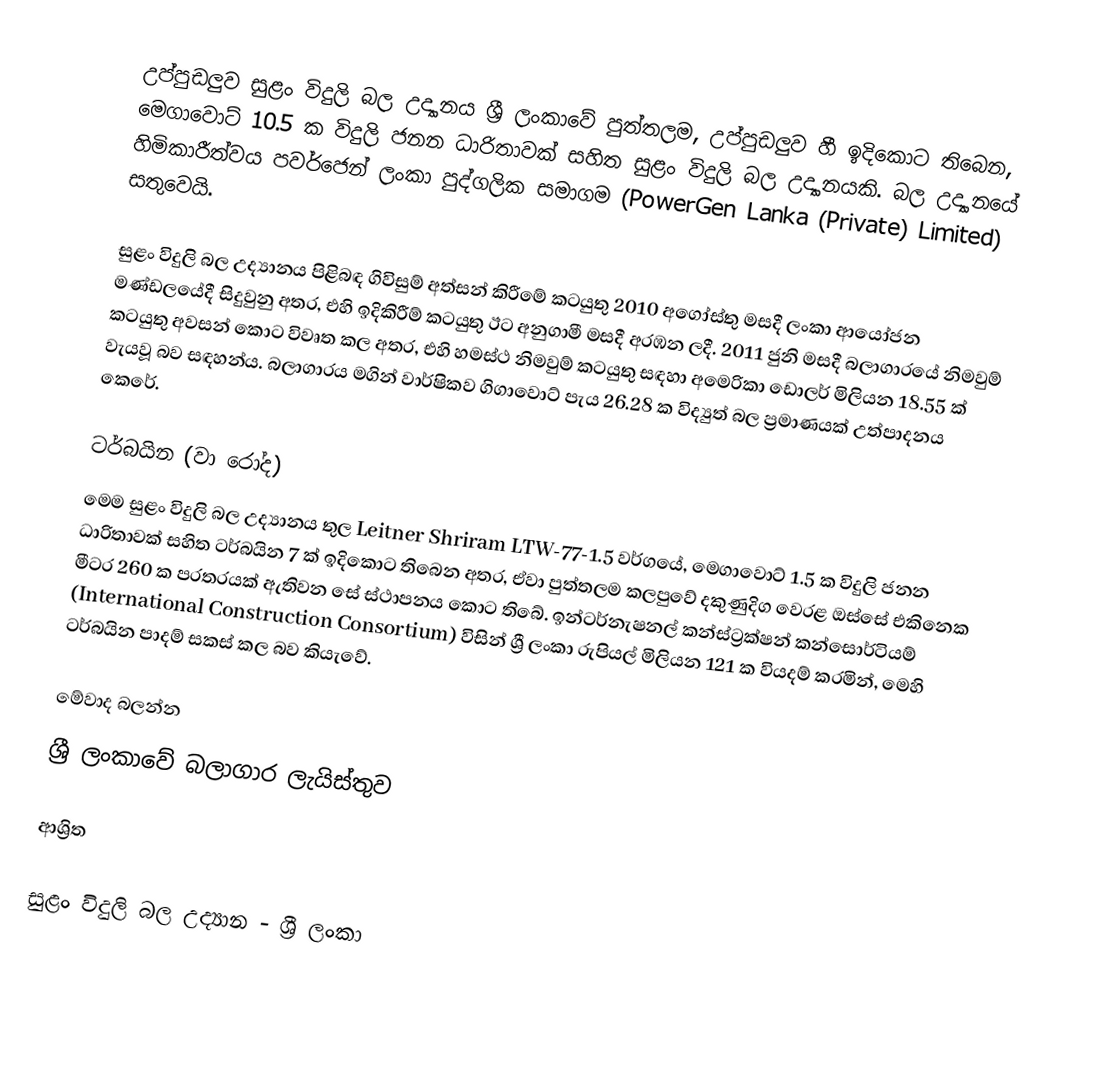
උප්පුඩලුව සුළං විදුලි බල උද්‍යානය ශ්‍රී ලංකාවේ පුත්තලම, උප්පුඩලුව හී ඉදිකොට තිබෙන, මෙගාවොට් 10.5 ක විදුලි ජනන ධාරිතාවක් සහිත සුළං විදුලි බල උද්‍යානයකි. බල උද්‍යානයේ හිමිකාරීත්වය පවර්ජෙන් ලංකා පුද්ගලික සමාගම (PowerGen Lanka (Private) Limited) සතුවෙයි.

සුළං විදුලි බල උද්‍යානය පිළිබඳ ගිවිසුම් අත්සන් කිරීමේ කටයුතු 2010 අගෝස්තු මසදී ලංකා ආයෝජන මණ්ඩලයේදී සිදුවුනු අතර, එහි ඉදිකිරීම් කටයුතු ඊට අනුගාමී මසදී අරඹන ලදී. 2011 ජුනි මසදී බලාගාරයේ නිමවුම් කටයුතු අවසන් කොට විවෘත කල අතර, එහි හමස්ථ නිමවුම් කටයුතු සඳහා අමෙරිකා ඩොලර් මිලියන 18.55 ක් වැයවූ බව සඳහන්ය. බලාගාරය මගින් වාර්ෂිකව ගිගාවොට් පැය 26.28 ක විද්‍යුත් බල ප්‍රමාණයක් උත්පාදනය කෙරේ.

ටර්බයින (වා රෝද)
මෙම සුළං විදුලි බල උද්‍යානය තුල Leitner Shriram LTW-77-1.5 වර්ගයේ, මෙගාවොට් 1.5 ක විදුලි ජනන ධාරිතාවක් සහිත ටර්බයින 7 ක් ඉදිකොට තිබෙන අතර, ඒවා පුත්තලම කලපුවේ දකුණුදිග වෙරළ ඔස්සේ එකිනෙක මීටර 260 ක පරතරයක් ඇතිවන සේ ස්ථාපනය කොට තිබේ. ඉන්ටර්නැෂනල් කන්ස්ට්‍රක්ෂන් කන්සොර්ටියම් (International Construction Consortium) විසින් ශ්‍රී ලංකා රුපියල් මිලියන 121 ක වියදම් කරමින්, මෙහි ටර්බයින පාදම් සකස් කල බව කියැවේ.

මේවාද බලන්න
 ශ්‍රී ලංකාවේ බලාගාර ලැයිස්තුව

ආශ්‍රිත

සුළං විදුලි බල උද්‍යාන - ශ්‍රී ලංකා